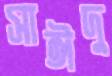
সাঈদু